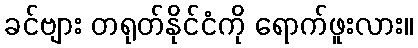
ခင်ဗျား တရုတ်နိုင်ငံကို ရောက်ဖူးလား။